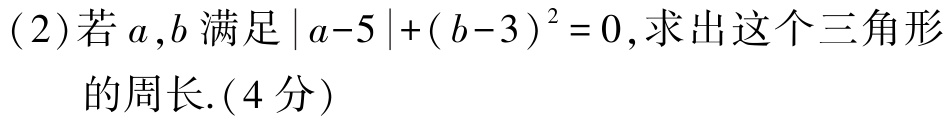
(2)若\(a,b\)满足\(\vert a - 5\vert+(b - 3)^{2}=0\),求出这个三角形

的周长.(4分)